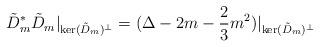
LaTeX: \begin{align*}\tilde D_m^* \tilde D_m\vert_{\mathrm{ker}(\tilde D_m)^\perp} = (\Delta -2m -\frac{2}{3} m^2)\vert_{\mathrm{ker}(\tilde D_m)^\perp}\end{align*}